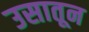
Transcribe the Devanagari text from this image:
उसातून